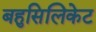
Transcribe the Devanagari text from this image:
बहुसिलिकेट